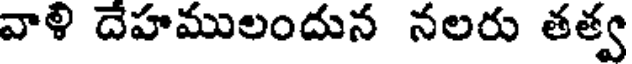
వాళి దేహములందున నలరు తత్వ